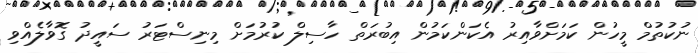
ނުކުތުމް މީހުން ކަމަށްވާއިރު އެކަންކަމުން އިބުރަތް ހާސިލް ކުރުމަށް މިނިސްޓަރު ސައީދު ގޮވާލެއްވި